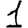
Digit: 1